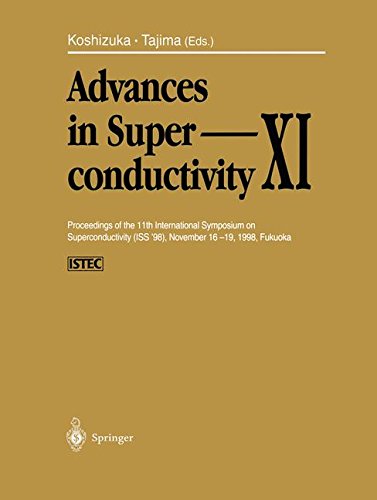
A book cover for Advances in Superconductivity XI: Proceedings of the 11th International Symposium on Superconductivity (ISS '98), November 16-19, 1998, Fukuoka; Science & Math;